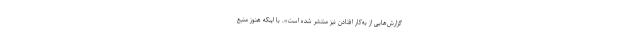
گزارش‌هایی از به‌کار افتادن نیز منتشر شده است». با اینکه هنوز منبع